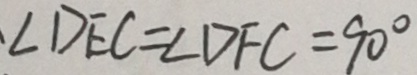
\angle D E C = \angle D F C = 9 0 ^ { \circ }